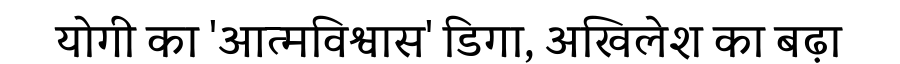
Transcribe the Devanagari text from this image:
योगी का 'आत्मविश्वास' डिगा, अखिलेश का बढ़ा